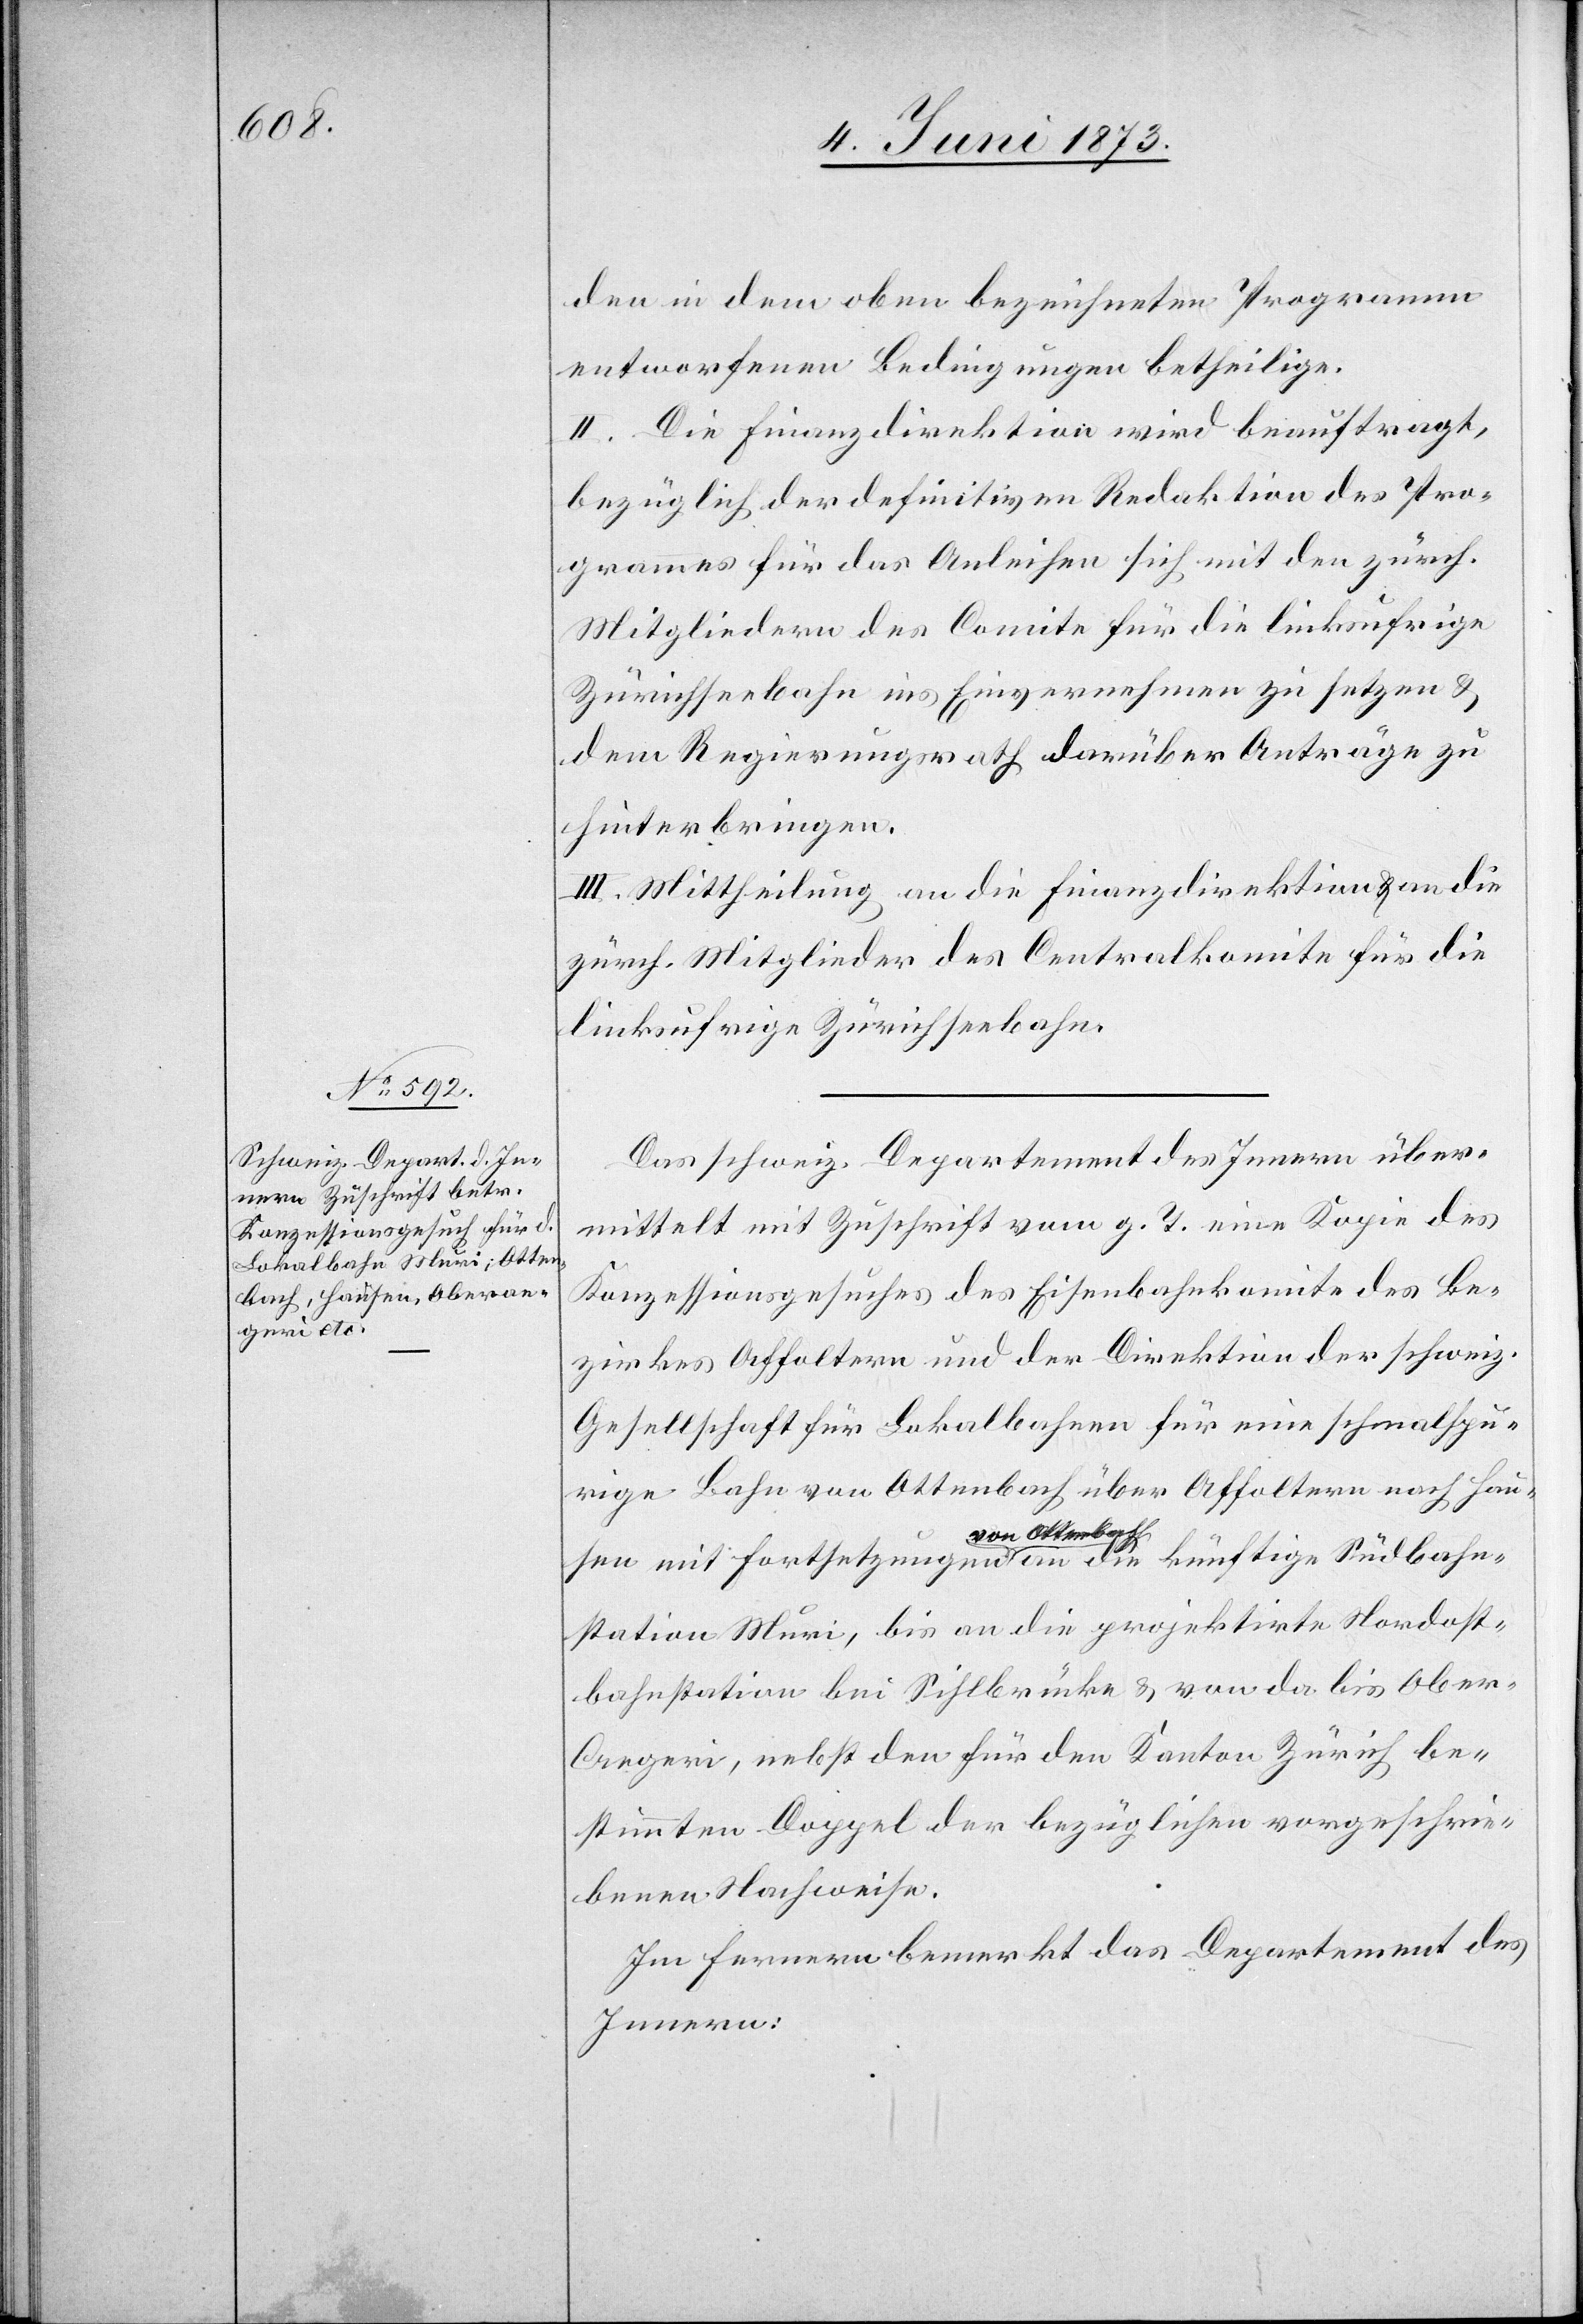
den in dem oben bezeichneten Programm
entworfenen Bedingungen betheilige.
II. Die Finanzdirektion wird beauftragt,
bezüglich der definitiven Redaktion des Pro¬
grammes für das Anleihen sich mit den zürch.
Mitgliedern des Comite für die linksufrige
Zürichseebahn ins Einvernehmen zu setzen &
dem Regierungsrath darüber Anträge zu
hinterbringen.
III. Mittheilung an die Finanzdirektion & an die
zürch. Mitglieder des Centralkomite für die
linksufrige Zürichseebahn.
Das schweiz. Departement des Innern über¬
mittelt mit Zuschrift vom g. T. eine Kopie des
Konzessionsgesuches des Eisenbahnkomite des Be¬
zirkes Affoltern und der Direktion der schweiz.
Gesellschaft für Lokalbahnen für eine schmalspu¬
rige Bahn von Ottenbach über Affoltern nach Hau¬
sen mit Fortsetzungen von Ottenbach an die künftige Südbahn¬
station Muri, bis an die projektirte Nordost¬
bahnstation bei Sihlbrücke & von da bis Ober-A¬
egeri, nebst den für den Kanton Zürich be¬
stimmten Doppel der bezüglichen vorgeschrie¬
benen Nachweise.
Im Fernern bemerkt das Departement des
Innern: